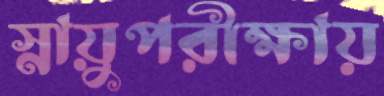
স্নায়ুপরীক্ষায়